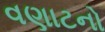
વણાટનો